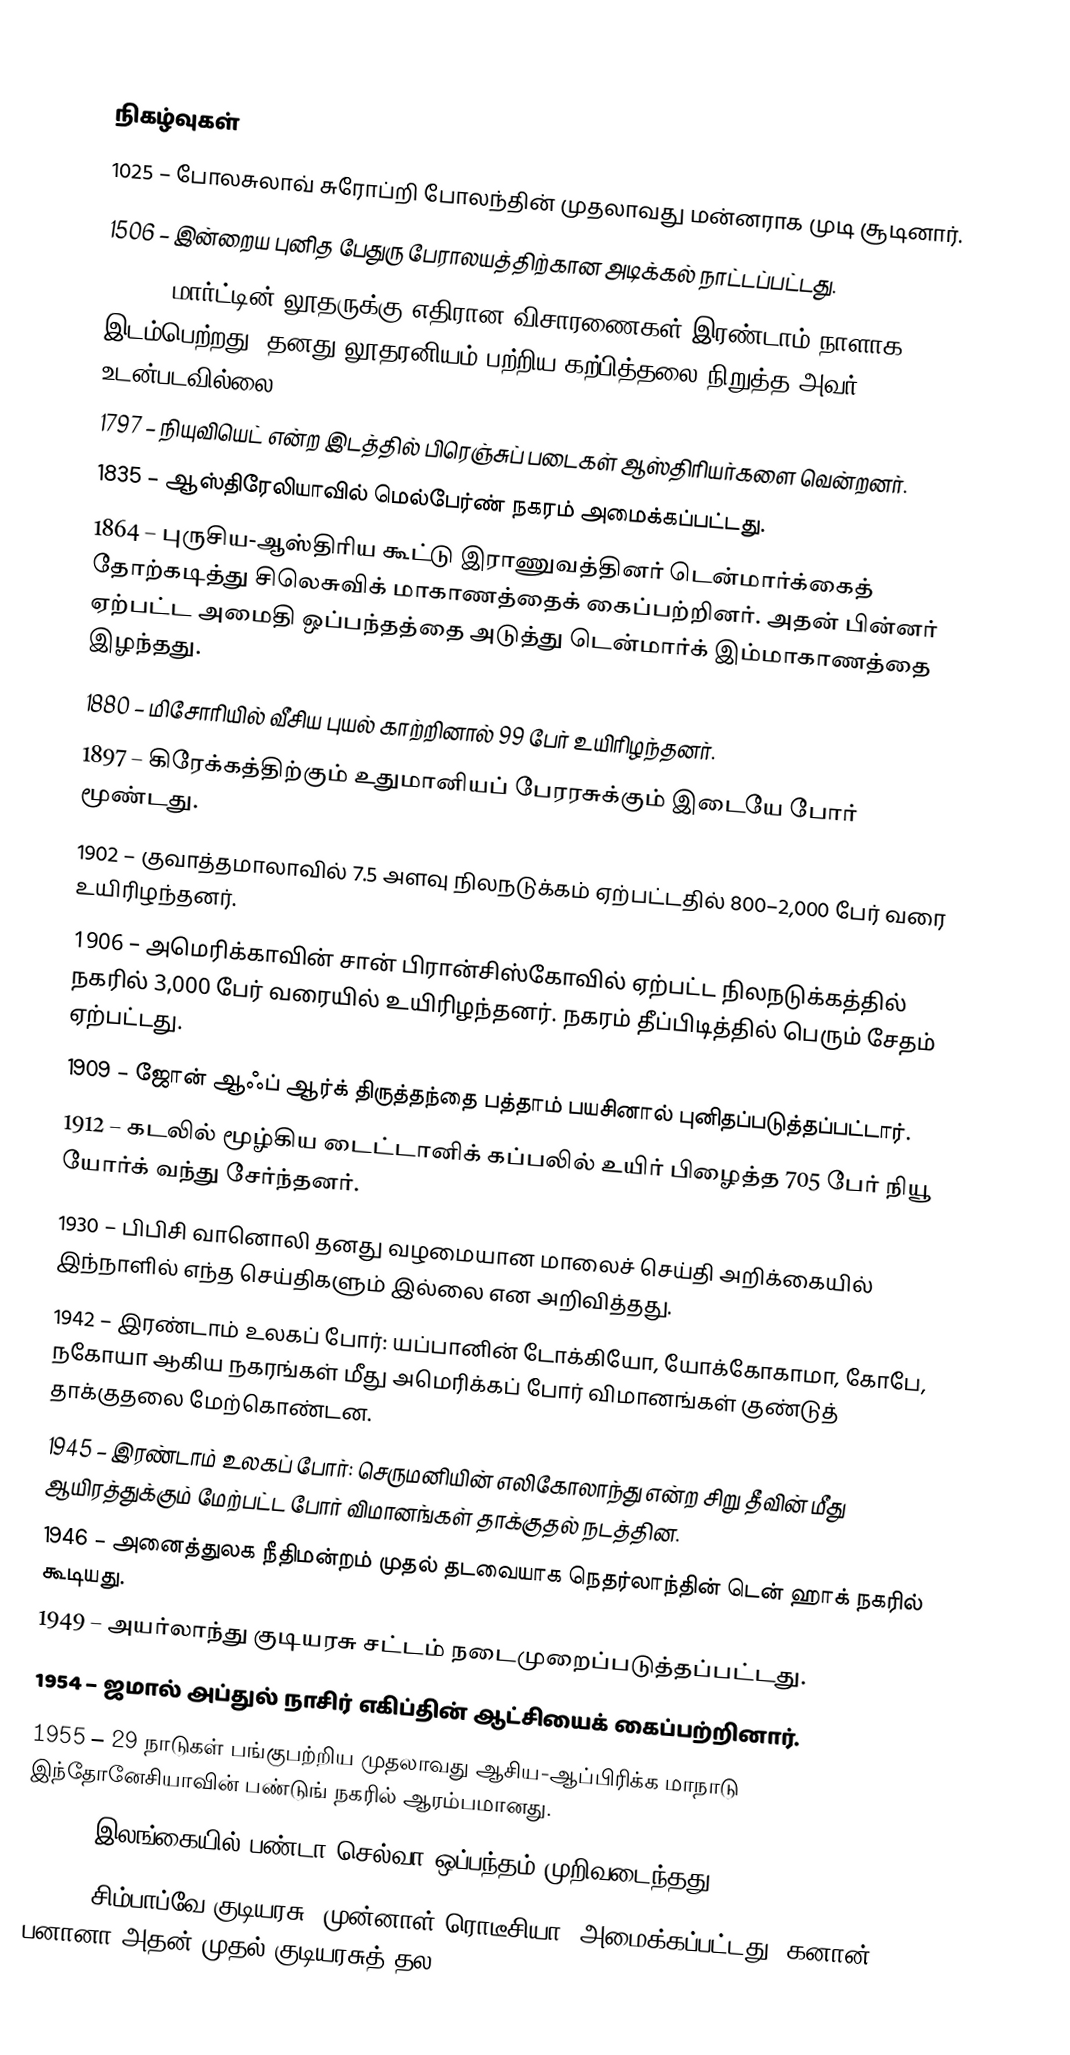

நிகழ்வுகள்
1025 – போலசுலாவ் சுரோப்றி போலந்தின் முதலாவது மன்னராக முடி சூடினார்.
1506 – இன்றைய புனித பேதுரு பேராலயத்திற்கான அடிக்கல் நாட்டப்பட்டது.
1521 – மார்ட்டின் லூதருக்கு எதிரான விசாரணைகள் இரண்டாம் நாளாக இடம்பெற்றது. தனது லூதரனியம் பற்றிய கற்பித்தலை நிறுத்த அவர் உடன்படவில்லை.
1797 – நியுவியெட் என்ற இடத்தில் பிரெஞ்சுப் படைகள் ஆஸ்திரியர்களை வென்றனர்.
1835 – ஆஸ்திரேலியாவில் மெல்பேர்ண் நகரம் அமைக்கப்பட்டது.
1864 – புருசிய-ஆஸ்திரிய கூட்டு இராணுவத்தினர் டென்மார்க்கைத் தோற்கடித்து சிலெசுவிக் மாகாணத்தைக் கைப்பற்றினர். அதன் பின்னர் ஏற்பட்ட அமைதி ஒப்பந்தத்தை அடுத்து டென்மார்க் இம்மாகாணத்தை இழந்தது.
1880 – மிசோரியில் வீசிய புயல் காற்றினால் 99 பேர் உயிரிழந்தனர்.
1897 – கிரேக்கத்திற்கும் உதுமானியப் பேரரசுக்கும் இடையே போர் மூண்டது.
1902 – குவாத்தமாலாவில் 7.5 அளவு நிலநடுக்கம் ஏற்பட்டதில் 800–2,000 பேர் வரை உயிரிழந்தனர்.
1906 – அமெரிக்காவின் சான் பிரான்சிஸ்கோவில் ஏற்பட்ட நிலநடுக்கத்தில் நகரில் 3,000 பேர் வரையில் உயிரிழந்தனர். நகரம் தீப்பிடித்தில் பெரும் சேதம் ஏற்பட்டது.
1909 – ஜோன் ஆஃப் ஆர்க் திருத்தந்தை பத்தாம் பயசினால் புனிதப்படுத்தப்பட்டார்.
1912 – கடலில் மூழ்கிய டைட்டானிக் கப்பலில் உயிர் பிழைத்த 705 பேர் நியூ யோர்க் வந்து சேர்ந்தனர்.
1930 – பிபிசி வானொலி தனது வழமையான மாலைச் செய்தி அறிக்கையில் இந்நாளில் எந்த செய்திகளும் இல்லை என அறிவித்தது.
1942 – இரண்டாம் உலகப் போர்: யப்பானின் டோக்கியோ, யோக்கோகாமா, கோபே, நகோயா ஆகிய நகரங்கள் மீது அமெரிக்கப் போர் விமானங்கள் குண்டுத் தாக்குதலை மேற்கொண்டன.
1945 – இரண்டாம் உலகப் போர்: செருமனியின் எலிகோலாந்து என்ற சிறு தீவின் மீது ஆயிரத்துக்கும் மேற்பட்ட போர் விமானங்கள் தாக்குதல் நடத்தின.
1946 – அனைத்துலக நீதிமன்றம் முதல் தடவையாக நெதர்லாந்தின் டென் ஹாக் நகரில் கூடியது.
1949 – அயர்லாந்து குடியரசு சட்டம் நடைமுறைப்படுத்தப்பட்டது.
1954 – ஜமால் அப்துல் நாசிர் எகிப்தின் ஆட்சியைக் கைப்பற்றினார்.
1955 –  29 நாடுகள் பங்குபற்றிய முதலாவது ஆசிய-ஆப்பிரிக்க மாநாடு இந்தோனேசியாவின் பண்டுங் நகரில் ஆரம்பமானது.
1958 – இலங்கையில் பண்டா-செல்வா ஒப்பந்தம் முறிவடைந்தது.
1980 – சிம்பாப்வே குடியரசு (முன்னாள் ரொடீசியா) அமைக்கப்பட்டது. கனான் பனானா அதன் முதல் குடியரசுத் தல